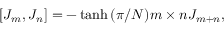
[ J _ { m } , J _ { n } ] = - \operatorname { t a n h } { ( \pi / N ) m \times n } J _ { m + n } ,